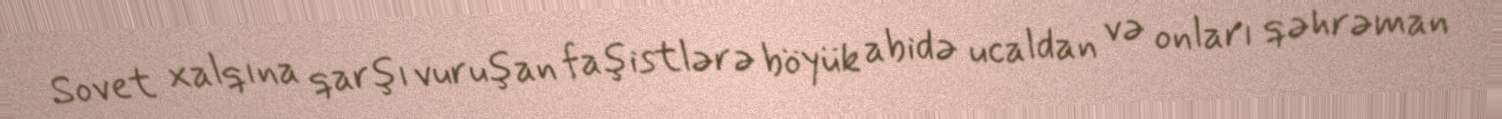
Sovet xalqına qarşı vuruşan faşistlərə böyük abidə ucaldan və onları qəhrəman